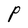
Character: P